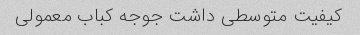
کیفیت متوسطی داشت جوجه کباب معمولی